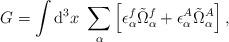
LaTeX: \begin{align*} G=\int{\rm d}^{3}x~\sum_\alpha\left[\epsilon_\alpha^f \tilde{\Omega}_\alpha^f +\epsilon_\alpha^A \tilde{\Omega}_\alpha^A\right],\end{align*}